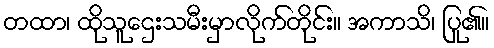
တထာ၊ ထိုသူဌေးသမီးမှာလိုက်တိုင်း။ အကာသိ၊ ပြု၏။